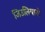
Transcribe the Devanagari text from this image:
जिउलियानो